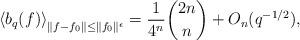
LaTeX: \begin{align*}\left<b_q( f) \right>_{\|f-f_0\|\leq\|f_0\|^{\epsilon}} = \frac{1}{4^n}\binom{2n}{n} + O_n(q^{-1/2}),\end{align*}